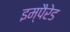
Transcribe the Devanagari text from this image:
इम्पैरेड